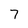
Character: 7